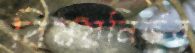
বিষয়নির্ভর